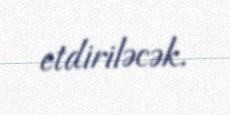
etdiriləcək.